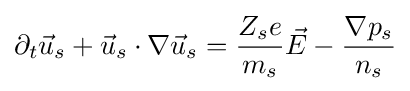
\partial _{t}{\vec {u}}_{s}+{\vec {u}}_{s}\cdot \nabla {\vec {u}}_{s}={Z_{s}e \over m_{s}}{\vec {E}}-{\nabla p_{s} \over n_{s}}